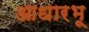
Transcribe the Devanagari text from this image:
आधारभू